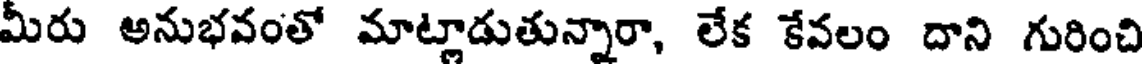
మీరు అనుభవంతో మాట్లాడుతున్నారా, లేక కేవలం దాని గురించి